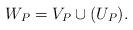
LaTeX: \begin{align*} W_P = V_P \cup (U_P). \end{align*}